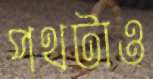
পথটাও